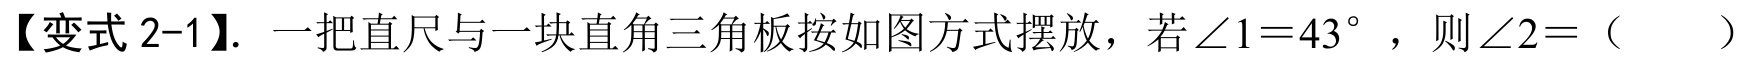
【变式 2-1】. 一把直尺与一块直角三角板按如图方式摆放，若$\angle 1 = 43^{\circ}$，则$\angle 2=$（  ）